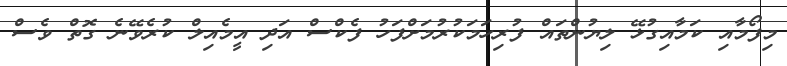
މިފޯމާއި ކަމާއިގުޅޭ ލިޔުންތައް ފުރިހަަމަކުރުމަށްފަހު ފެކްސް އަދި އީމެއިލް ކުރެވޭނެ ގޮތް ވެސް